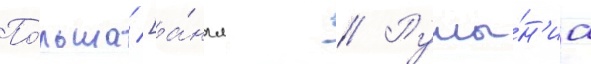
По́льша [а́нгл. // Румы́н'иа